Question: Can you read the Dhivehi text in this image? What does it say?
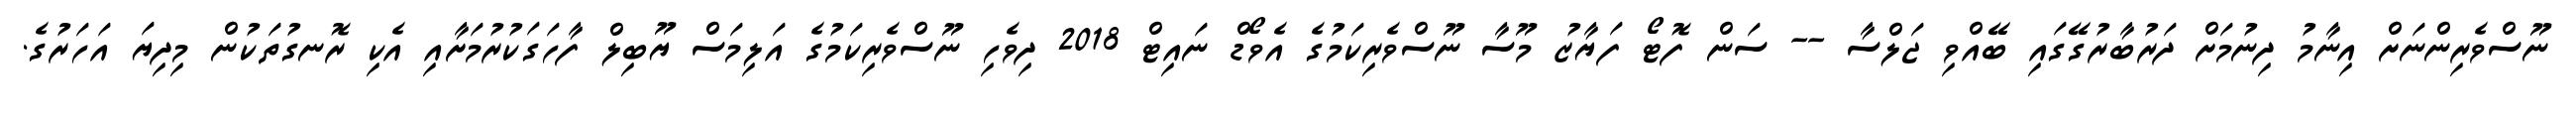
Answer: ނޫސްވެރިންނަށް އިނާމު ދިނުމަށް ދަރުބާރުގޭގައި ބޭއްވި ޖަލްސާ -- ސަން ފޮޓޯ ފަޔާޒު މޫސާ ނޫސްވެރިކަމުގެ އެވޯޑް ނައިޓް 2018 ދިވެހި ނޫސްވެރިކަމުގެ އަލިމަސް ޔޫބިލް ފާހަގަކުރުމަށާއި އެކި ރޮނގުތަކުން މިދިޔަ އަހަރުގެ.